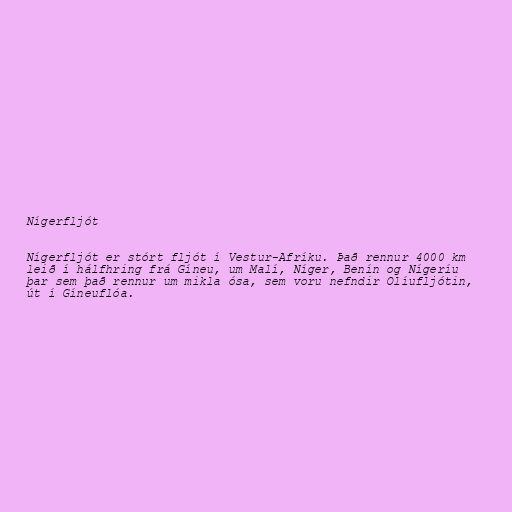
Nígerfljót

Nígerfljót er stórt fljót í Vestur-Afríku. Það rennur 4000 km
leið í hálfhring frá Gíneu, um Malí, Níger, Benín og Nígeríu
þar sem það rennur um mikla ósa, sem voru nefndir Olíufljótin,
út í Gíneuflóa.